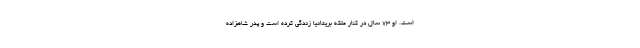
است. او 73 سال در کنار ملکه بریتانیا زندگی کرده است و پدر شاهزاده